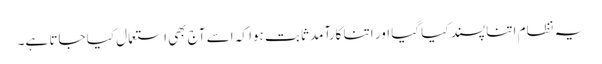
یہ نظام اتنا پسند کیا گیا اور اتنا کارآمد ثابت ہوا کہ اسے آج بھی استعمال کیا جاتا ہے۔